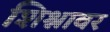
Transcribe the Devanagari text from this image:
शिश्नावर